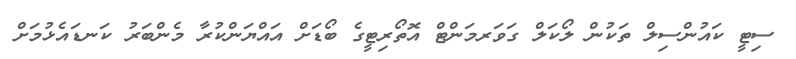
ސިޓީ ކައުންސިލް ތަކުން ލޯކަލް ގަވަރމަންޓް އޮތޯރިޓީގެ ބޯޑަށް އައްޔަންކުރާ މެންބަރު ކަނޑައެޅުމަށް